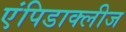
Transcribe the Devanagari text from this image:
एंपिडाक्लीज